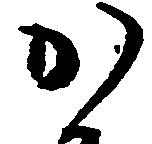
か